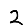
Digit: 2